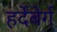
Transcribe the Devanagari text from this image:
हर्देंबेर्ग